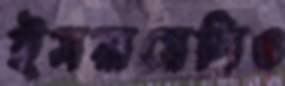
ইসরায়েলিও